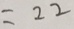
= 2 2